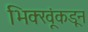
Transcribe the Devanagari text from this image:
भिक्खूंकडून